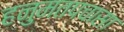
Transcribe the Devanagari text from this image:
हनुमतपचासा